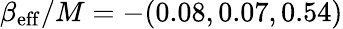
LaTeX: \beta_{\mathrm{eff}}/M=-(0.08,0.07,0.54)